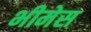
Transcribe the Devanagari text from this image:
भीमेस